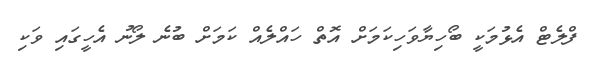
ފްލެޓް އެޅުމަކީ ބޯހިޔާވަހިކަމަށް އޮތް ހައްލެއް ކަމަށް ބުނެ ލޯނު އެހީގައި ވަކި